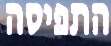
התפיסה